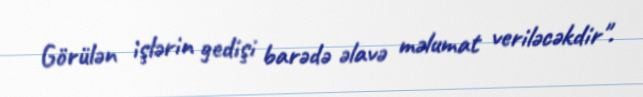
Görülən işlərin gedişi barədə əlavə məlumat veriləcəkdir''.